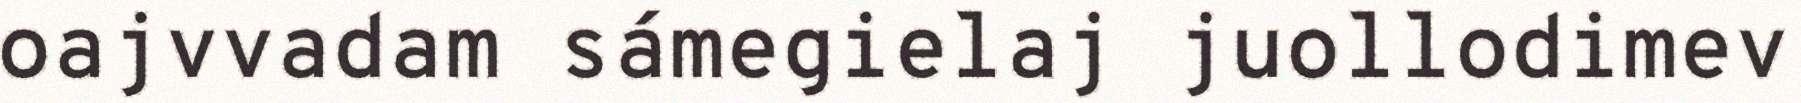
oajvvadam sámegielaj juollodimev